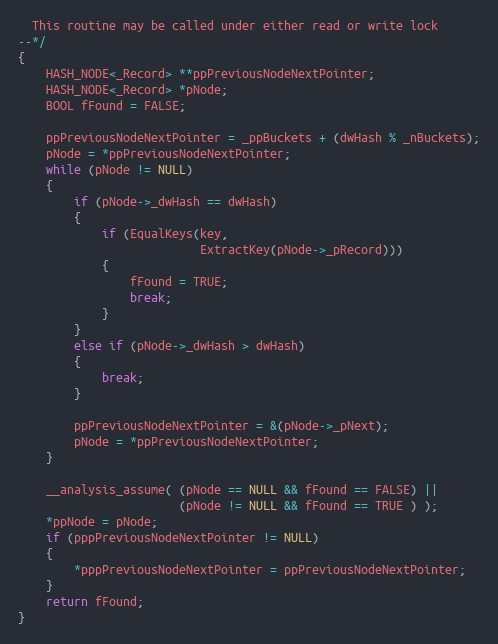
Language: C
  This routine may be called under either read or write lock
--*/
{
    HASH_NODE<_Record> **ppPreviousNodeNextPointer;
    HASH_NODE<_Record> *pNode;
    BOOL fFound = FALSE;

    ppPreviousNodeNextPointer = _ppBuckets + (dwHash % _nBuckets);
    pNode = *ppPreviousNodeNextPointer;
    while (pNode != NULL)
    {
        if (pNode->_dwHash == dwHash)
        {
            if (EqualKeys(key,
                          ExtractKey(pNode->_pRecord)))
            {
                fFound = TRUE;
                break;
            }
        }
        else if (pNode->_dwHash > dwHash)
        {
            break;
        }

        ppPreviousNodeNextPointer = &(pNode->_pNext);
        pNode = *ppPreviousNodeNextPointer;
    }

    __analysis_assume( (pNode == NULL && fFound == FALSE) ||
                       (pNode != NULL && fFound == TRUE ) );
    *ppNode = pNode;
    if (pppPreviousNodeNextPointer != NULL)
    {
        *pppPreviousNodeNextPointer = ppPreviousNodeNextPointer;
    }
    return fFound;
}